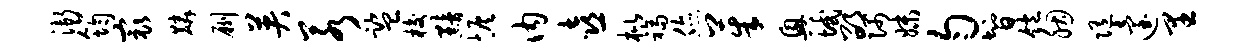
渐筠最麟劂英若监梭黯恢内喜枇福您茱兴域邵隅妹匀智饱胭随迨里